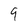
Character: 9